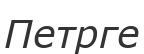
Петрге